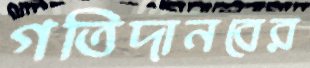
গতিদানবের